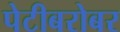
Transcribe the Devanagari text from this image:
पेटीबरोबर